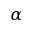
\alpha